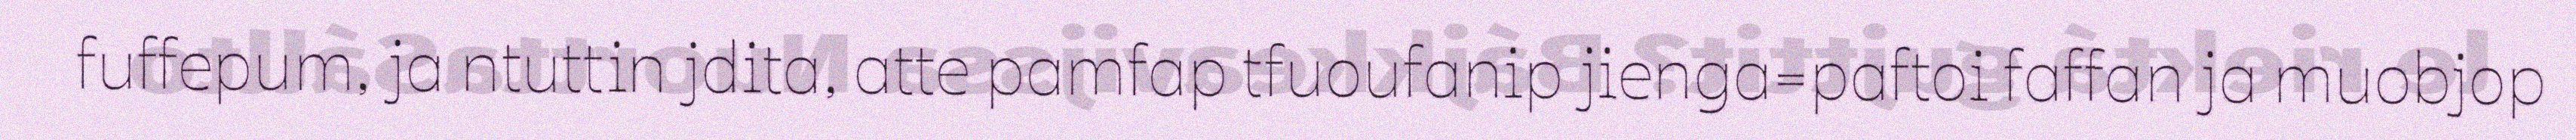
fuffepum, ja ntuttin jdita, atte pamfap tfuoufanip jienga=paftoi faffan ja muobjop